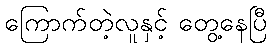
ကြောက်တဲ့လူနှင့် တွေ့နေပြီ